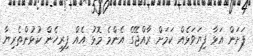
ފަށަން އަޅާ ފިޔަވަޅެއް ކަމަށް ރާއްޖޭގެ އެންމެ މޮޅު އެއް ފިރިހެން ކުޅުންތެރިޔާ